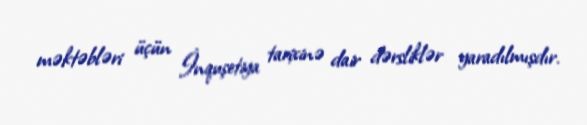
məktəbləri üçün İnquşetiya tarixinə dair dərsliklər yaradılmışdır.